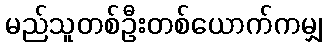
မည်သူတစ်ဦးတစ်ယောက်ကမျှ